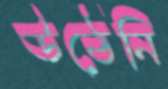
উঠেনি